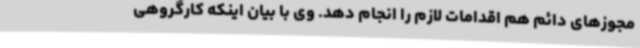
مجوزهای دائم هم اقدامات لازم را انجام دهد. وی با بیان اینکه کارگروهی